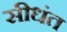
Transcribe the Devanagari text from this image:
सीधंत